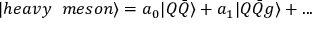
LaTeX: | h e a v y \; \; m e s o n \rangle = a _ { 0 } | Q \bar { Q } \rangle + a _ { 1 } | Q \bar { Q } g \rangle + . . .